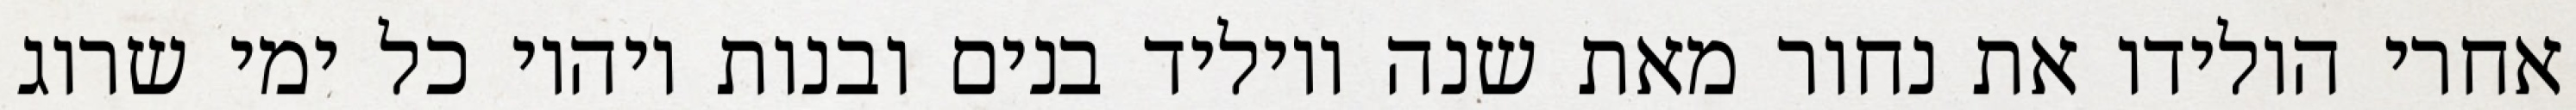
אחרי הולידו את נחור מאת שנה ויוליד בנים ובנות ויהיו כל ימי שרוג